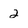
Character: 2